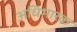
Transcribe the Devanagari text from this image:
अधिभारक